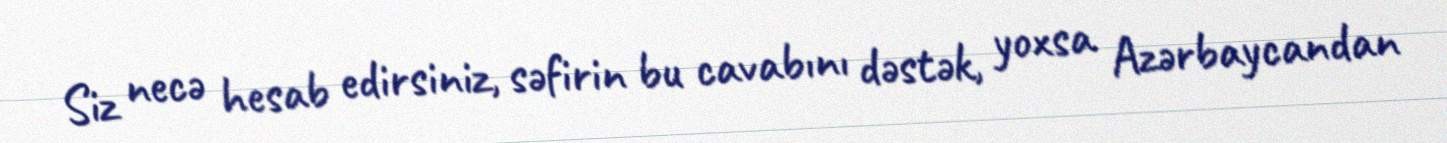
Siz necə hesab edirsiniz, səfirin bu cavabını dəstək, yoxsa Azərbaycandan